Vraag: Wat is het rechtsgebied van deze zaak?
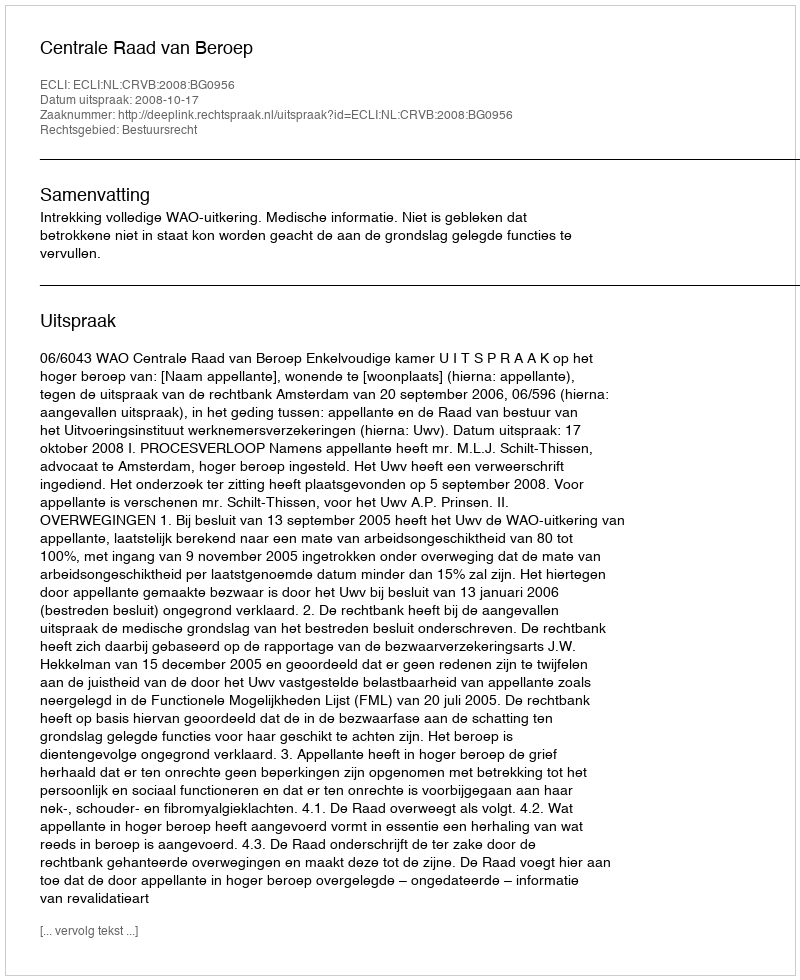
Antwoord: Bestuursrecht